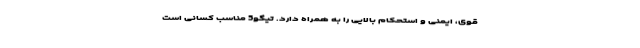
قوی، ایمنی و استحکام بالایی را به همراه دارد. تیگو5 مناسب کسانی است